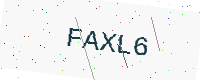
Text: FAXL6